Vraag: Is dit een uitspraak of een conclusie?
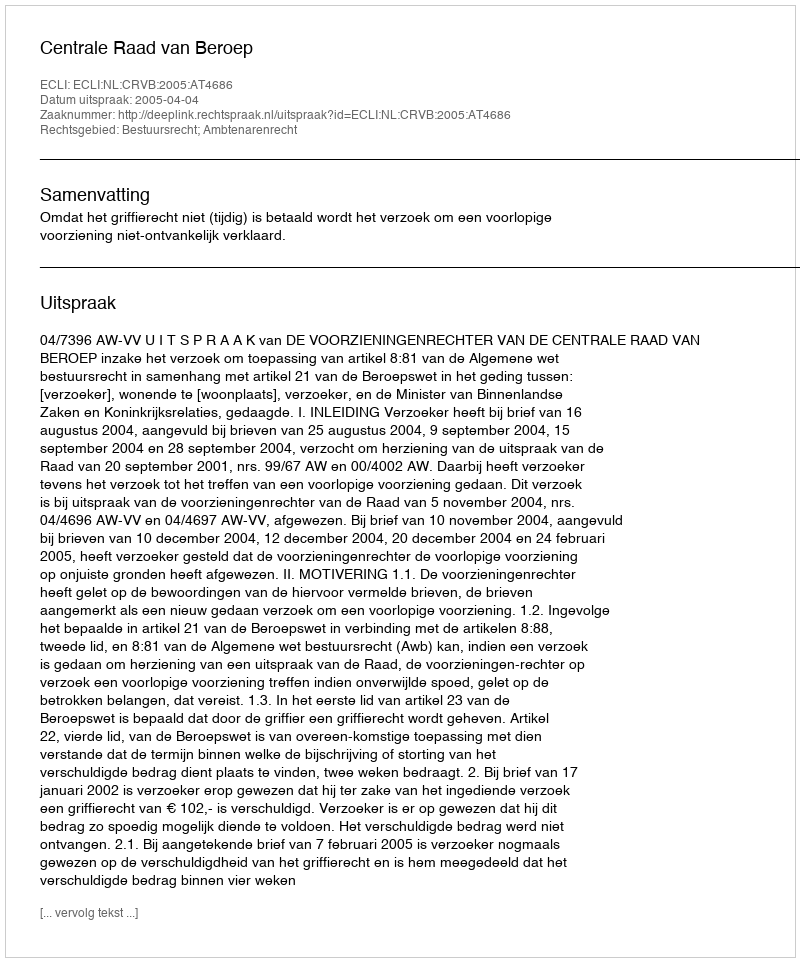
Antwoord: Uitspraak